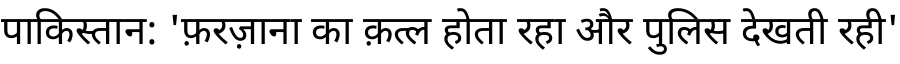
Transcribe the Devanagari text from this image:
पाकिस्तान: 'फ़रज़ाना का क़त्ल होता रहा और पुलिस देखती रही'